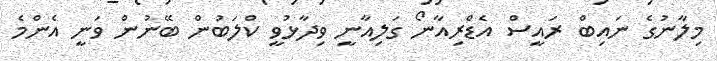
މިލާނުގެ ނައިބް ރައީސް އެޑްރިއާނޯ ގަލިއާނީ ވިދާޅުވީ ކްލަބުން ބޭނުން ވަނީ އެންމެ